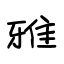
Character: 雅